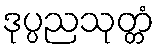
ဒုပ္ပညသုတ္တံ